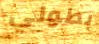
بطولي